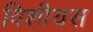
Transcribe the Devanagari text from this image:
विशीयस